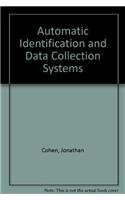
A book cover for Automatic Identification and Data Collection Systems; Jonathan Cohen; Computers & Technology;